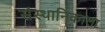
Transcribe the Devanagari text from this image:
संस्थानिकाला